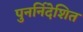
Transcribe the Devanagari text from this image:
पुनर्निदेशित